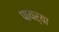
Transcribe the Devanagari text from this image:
पायर्या